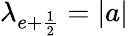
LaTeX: \lambda_{e+\frac{1}{2}}=|a|